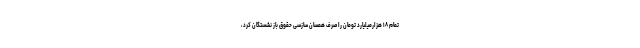
تمام ۱۸ هزارمیلیارد تومان را صرف همسان سازسی حقوق باز نشستگان کرد،